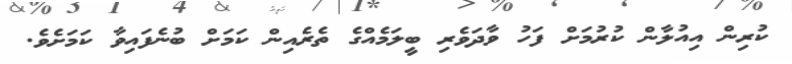
ކުރިން އިއުލާން ކުރުމަށް ފަހު ވާދަވެރި ބީލަމެއްގެ ތެރެއިން ކަމަށް ބުނެފައިވާ ކަމަށެވެ.